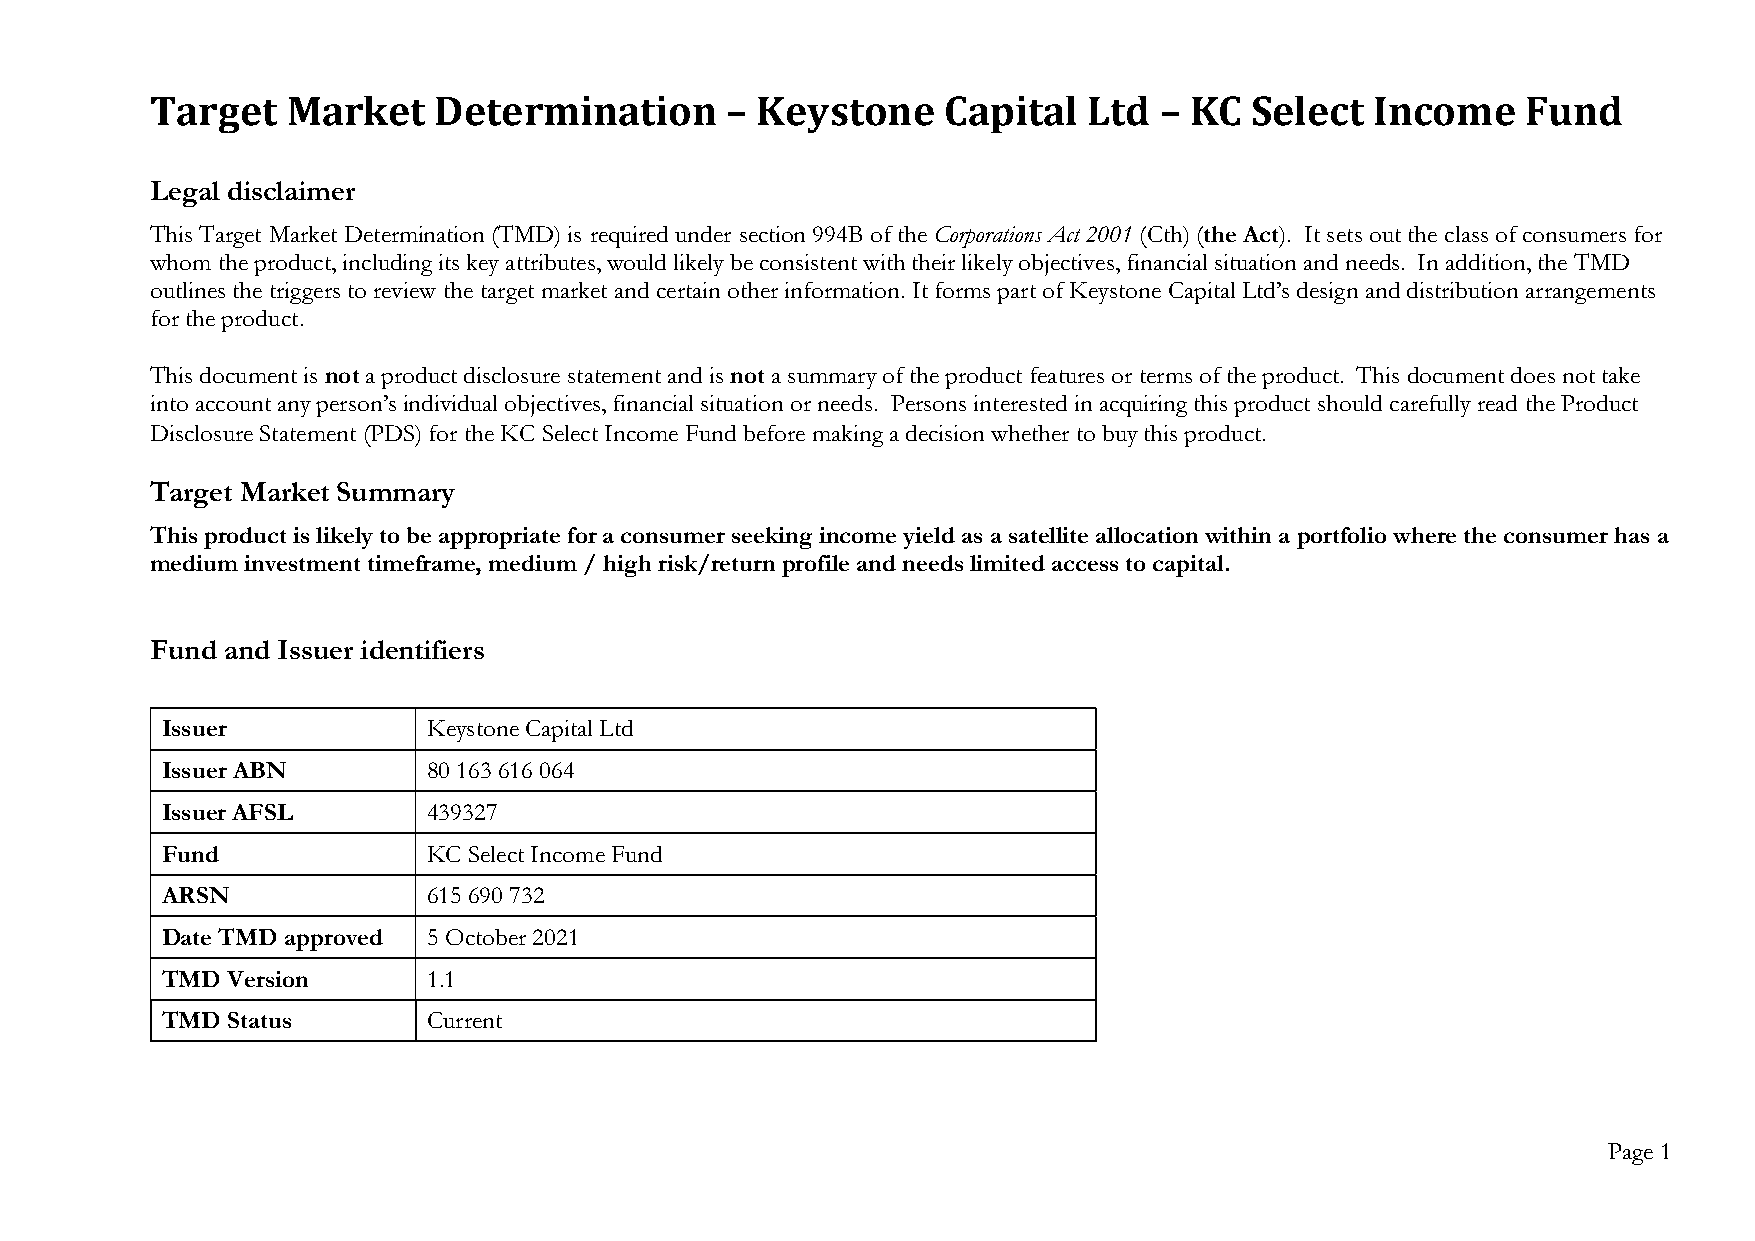
Target   Market    Determination      – Keystone    Capital   Ltd  – KC  Select  Income    Fund
 Legal disclaimer
 This Target Market Determination (TMD) is required under section 994B of the Corporations Act 2001 (Cth) (the Act). It sets out the class of consumers for
 whom the product, including its key attributes, would likely be consistent with their likely objectives, financial situation and needs. In addition, the TMD
 outlines the triggers to review the target market and certain other information. It forms part of Keystone Capital Ltd’s design and distribution arrangements
 for the product.
 This document is not a product disclosure statement and is not a summary of the product features or terms of the product. This document does not take
 into account any person’s individual objectives, financial situation or needs. Persons interested in acquiring this product should carefully read the Product
 Disclosure Statement (PDS) for the KC Select Income Fund before making a decision whether to buy this product.
 Target Market Summary
 This product is likely to be appropriate for a consumer seeking income yield as a satellite allocation within a portfolio where the consumer has a
 medium investment timeframe, medium / high risk/return profile and needs limited access to capital.
 Fund and Issuer identifiers
 Issuer           Keystone Capital Ltd
 Issuer ABN       80 163 616 064
 Issuer AFSL      439327
 Fund             KC Select Income Fund
 ARSN             615 690 732
 Date TMD approved 5 October 2021
 TMD Version      1.1
 TMD Status       Current
 Page 1